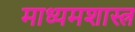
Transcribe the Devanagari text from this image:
माध्यमशास्त्र